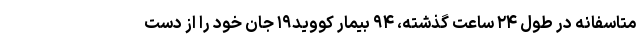
متاسفانه در طول ۲۴ ساعت گذشته، ۹۴ بیمار کووید۱۹ جان خود را از دست